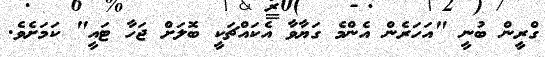
ގްރީން ބުނީ "އަހަރެން އެންމެ ގަޔާވާ އެކައްޗަކީ ބޮލަށް ޖަހާ ޓައީ" ކަމަށެވެ.